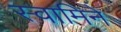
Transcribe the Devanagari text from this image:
स्वामिने